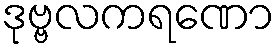
ဒုဗ္ဗလကရဏော